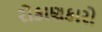
રોકાણકારો